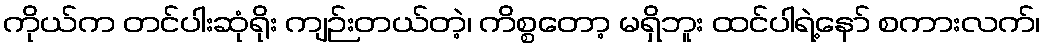
ကိုယ်က တင်ပါးဆုံရိုး ကျဉ်းတယ်တဲ့၊ ကိစ္စတော့ မရှိဘူး ထင်ပါရဲ့နော် စကားလက်၊